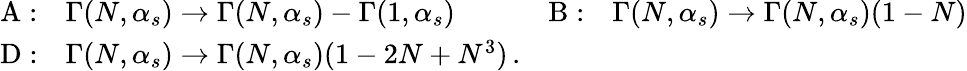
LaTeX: \begin{array}{clcl}{{\mathrm{A:}}}&{{\Gamma(N,\alpha_{s})\rightarrow\Gamma(N,\alpha_{s})-\Gamma(1,\alpha_{s})\: \: \: \: }}&{{\mathrm{B:}}}&{{\Gamma(N,\alpha_{s})\rightarrow\Gamma(N,\alpha_{s})(1-N)}}\\ {{\mathrm{D:}}}&{{\Gamma(N,\alpha_{s})\rightarrow\Gamma(N,\alpha_{s})(1-2N+N^{3})\, .}}&{{}}&{{}}\end{array}